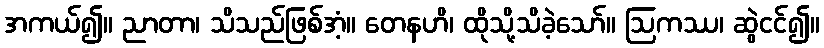
အကယ်၍။ ညာတာ၊ သိသည်ဖြစ်အံ့။ တေနဟိ၊ ထိုသို့သိခဲ့သော်။ ဩကဿ၊ ဆွဲငင်၍။